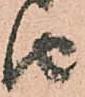
由